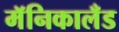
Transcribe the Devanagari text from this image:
मॅनिकालँड